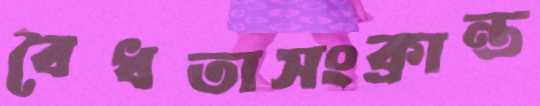
বৈধতাসংক্রান্ত